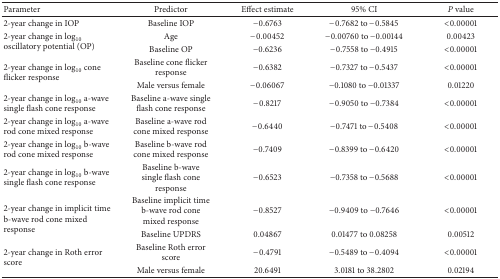
<table><thead><tr><td><b>Parameter</b></td><td><b>Predictor</b></td><td><b>Effect estimate</b></td><td><b>95% CI</b></td><td><b><i>P </i>value</b></td></tr></thead><tbody><tr><td>2-year change in IOP</td><td>Baseline IOP</td><td>−0.6763</td><td>−0.7682 to −0.5845</td><td>&lt;0.00001</td></tr><tr><td rowspan="2">2-year change in log<sub>10</sub> oscillatory potential (OP)</td><td>Age</td><td>−0.00452</td><td>−0.00760 to −0.00144</td><td>0.00423</td></tr><tr><td>Baseline OP</td><td>−0.6236</td><td>−0.7558 to −0.4915</td><td>&lt;0.00001</td></tr><tr><td rowspan="2">2-year change in log<sub>10</sub> cone flicker response</td><td>Baseline cone flicker response</td><td>−0.6382</td><td>−0.7327 to −0.5437</td><td>&lt;0.00001</td></tr><tr><td>Male versus female</td><td>−0.06067</td><td>−0.1080 to −0.01337</td><td>0.01220</td></tr><tr><td>2-year change in log<sub>10</sub> a-wave single flash cone response</td><td>Baseline a-wave single flash cone response</td><td>−0.8217</td><td>−0.9050 to −0.7384</td><td>&lt;0.00001</td></tr><tr><td>2-year change in log<sub>10</sub> a-wave rod cone mixed response</td><td>Baseline a-wave rod cone mixed response</td><td>−0.6440</td><td>−0.7471 to −0.5408</td><td>&lt;0.00001</td></tr><tr><td>2-year change in log<sub>10</sub> b-wave rod cone mixed response</td><td>Baseline b-wave rod cone mixed response</td><td>−0.7409</td><td>−0.8399 to −0.6420</td><td>&lt;0.00001</td></tr><tr><td>2-year change in log<sub>10</sub> b-wave single flash cone response</td><td>Baseline b-wave single flash cone response</td><td>−0.6523</td><td>−0.7358 to −0.5688</td><td>&lt;0.00001</td></tr><tr><td rowspan="2">2-year change in implicit time b-wave rod cone mixed response</td><td>Baseline implicit time b-wave rod cone mixed response</td><td>−0.8527</td><td>−0.9409 to −0.7646</td><td>&lt;0.00001</td></tr><tr><td>Baseline UPDRS</td><td>0.04867</td><td>0.01477 to 0.08258</td><td>0.00512</td></tr><tr><td rowspan="2">2-year change in Roth error score</td><td>Baseline Roth error score</td><td>−0.4791</td><td>−0.5489 to −0.4094</td><td>&lt;0.00001</td></tr><tr><td>Male versus female</td><td>20.6491</td><td>3.0181 to 38.2802</td><td>0.02194</td></tr></tbody></table>